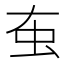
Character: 𧈠